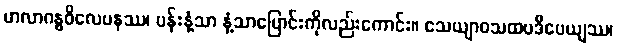
မာလာဂန္ဓဝိလေပနဿ၊ ပန်းနံ့သာ နံ့သာပြောင်းကိုလည်းကောင်း။ သေယျာဝသထပဒီပေယျဿ၊